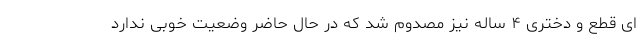
ای قطع و دختری ۴ ساله نیز مصدوم شد که در حال حاضر وضعیت خوبی ندارد